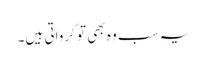
یہ سب وہ بھی تو کرواتی ہیں۔